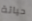
حياتة